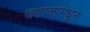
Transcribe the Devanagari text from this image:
जहाजांमधून